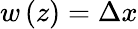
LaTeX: w\left(z\right)=\Delta x